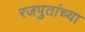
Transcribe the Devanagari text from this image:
रजपुतांच्या